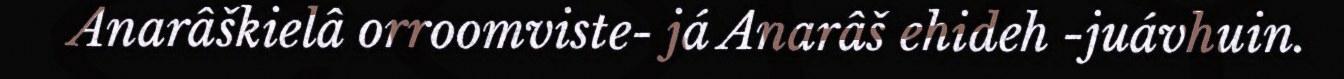
Anarâškielâ orroomviste- já Anarâš ehideh -juávhuin.